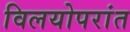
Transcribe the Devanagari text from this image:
विलयोपरांत